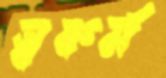
স্বকর্ম